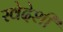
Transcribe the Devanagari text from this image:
स्वेदेशी